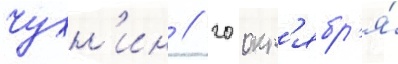
Чухн'ин // 20 окт'ябр'я́